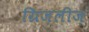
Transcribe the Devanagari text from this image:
ग्रिज़लीज़